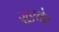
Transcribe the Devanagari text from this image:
ज़ुएतेर